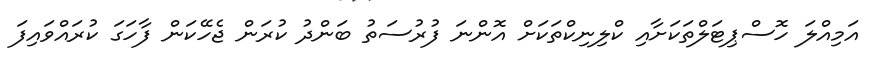
އަމިއްލަ ހޮސްޕިޓަލްތަކަށާއި ކްލިނިކްތަކަށް އޮންނަ ފުރުސަތު ބަންދު ކުރަން ޖެހޭކަން ފާހަގަ ކުރައްވައިފަ